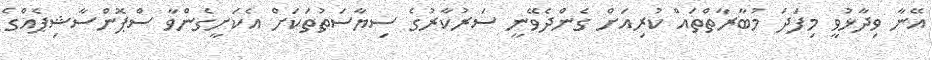
އޭނާ ވިދާޅުވީ މިފަދަ މުބާރާތްތައް ކުރިއަށް ގެންދެވޭނީ ސަރުކާރުގެ ސިޔާސަތުތަކަށް އެކަށީގެންވާ ސްޕޮންސާޝިޕެއްގެ